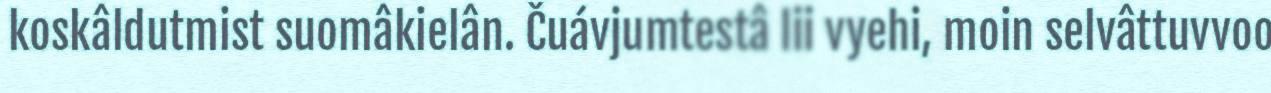
koskâldutmist suomâkielân. Čuávjumtestâ lii vyehi, moin selvâttuvvoo